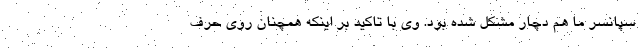
سپانسر ما هم دچار مشکل شده بود. وی با تاکید بر اینکه همچنان روی حرف